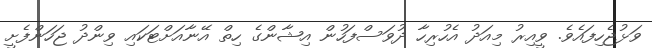
ވަޅުޖެހިފައެވެ. ވީއިރު މިއަދު އެހުރިހާ ދުވަސްފަހުން އިޝާންގެ ހިތް އޭނާއަށްޓަކައި ވިންދު ޖަހަންފެށީ